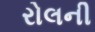
રોલની